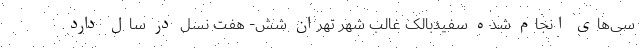
سی‌های انجام شده سفیدبالک غالب شهر تهران شش- هفت نسل در سال دارد.